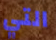
التي